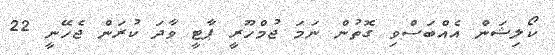
ކޯލިޝަން އެއްބަސްވި ގޮތުން ނަމަ ޖުމްހޫރީ ޕާޓީ ވާދަ ކުރަން ޖެހޭނީ 22